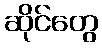
ဆိုင်တွေ